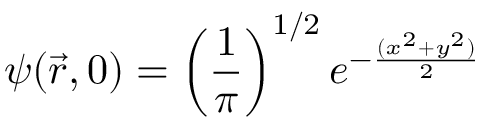
\psi ( \vec { r } , 0 ) = \left( \frac { 1 } { \pi } \right) ^ { 1 / 2 } e ^ { - \frac { ( x ^ { 2 } + y ^ { 2 } ) } { 2 } }